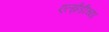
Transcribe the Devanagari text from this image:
एल्ईडीच्या